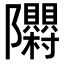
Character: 𮥳